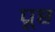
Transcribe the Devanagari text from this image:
पूष्ठ